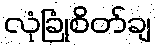
လုံခြုံစိတ်ချ